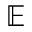
\mathbb { E }